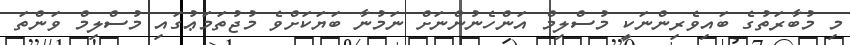
މި މުބާރަތުގެ ބައިވެރިންނަކީ މުސްލިމް އަންހެނުންނަށް ނަމުނާ ބަޔަކަށްވެ މުޖުތަމަޢުގައި މުސްލިމް ވަންތަ